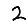
Digit: 2